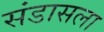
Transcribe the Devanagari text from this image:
संडासला